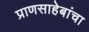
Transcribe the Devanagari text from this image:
प्राणसाहेबांचा